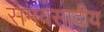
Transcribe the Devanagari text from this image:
समवसादीय